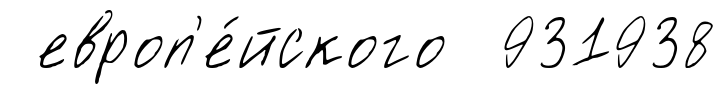
европ'е́йского 931938